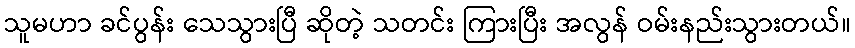
သူမဟာ ခင်ပွန်း သေသွားပြီ ဆိုတဲ့ သတင်း ကြားပြီး အလွန် ဝမ်းနည်းသွားတယ်။